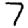
Digit: 7